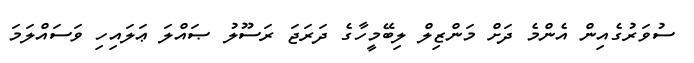
ސުވަރުގެއިން އެންމެ ދަށް މަންޒިލް ލިބޭމީހާގެ ދަރަޖަ ރަސޫލު ޞައްލަ ޢަލައިހި ވަސައްލަމަ